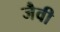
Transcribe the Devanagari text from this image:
जैवी